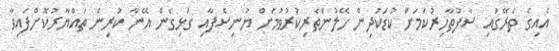
އެއިގެ ތެރޭގައި ސާފުތާހިރުކަމަށް ކުޑަކުދިން ހޭލުންތެރިކުރުވުމަށް ޔުނިސެފާއި ގުޅިގެން އޭނާ ކުރިން ތައްޔާރުކޮށްފައިވާ